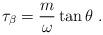
LaTeX: \begin{align*}\tau_\beta = \frac{m}{\omega}\tan\theta\;.\end{align*}